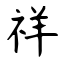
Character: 祥